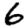
Digit: 6